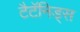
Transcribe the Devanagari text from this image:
टैटॅनिड्स